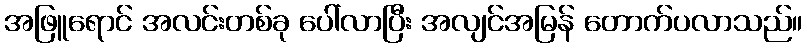
အဖြူရောင် အလင်းတစ်ခု ပေါ်လာပြီး အလျင်အမြန် တောက်ပလာသည်။